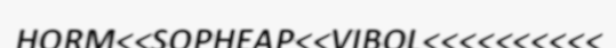
HORM<<SOPHEAP<<VIBOL<<<<<<<<<<